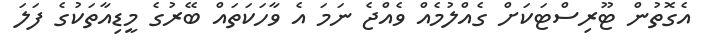
އެގޮތުން ޓޫރިސްޓަކަށް ގެއްލުމެއް ވެއްޖެ ނަމަ އެ ވާހަކަތައް ބޭރުގެ މީޑިއާތަކުގެ ފަލަ